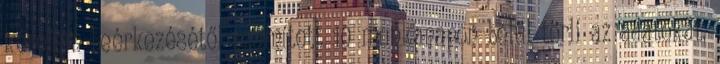
kérelem beérkezésétől számított 10 munkanapon belül törli az adatokat,